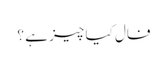
فال کیا چیز ہے ؟